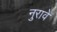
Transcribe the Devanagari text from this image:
नुरावे